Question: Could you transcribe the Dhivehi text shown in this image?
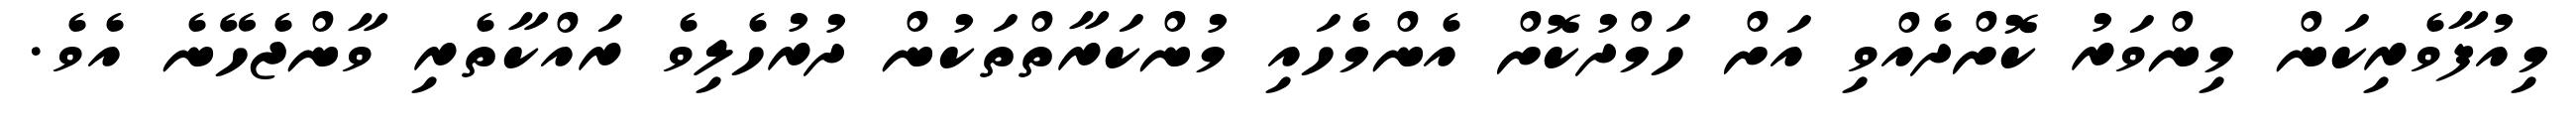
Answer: މިއުފާވެރިކަން މިންވަރު ކޮށްދެއްވި އަށް ހަމްދުކޮށް އެންމެހައި މުންކަރާތްތަކުން ދުރުހެލިވެ ރައްކާތެރި ވާންޖެހޭނެ އެވެ.